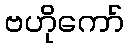
ဗဟိုကော်